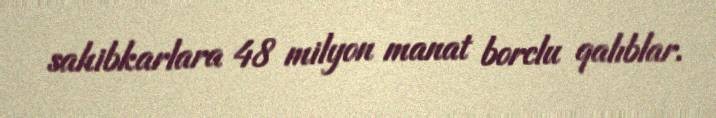
sahibkarlara 48 milyon manat borclu qalıblar.